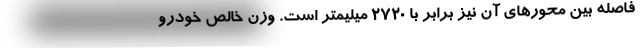
فاصله بین محورهای آن نیز برابر با 2720 میلیمتر است. وزن خالص خودرو